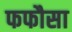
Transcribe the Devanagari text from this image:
फफौसा